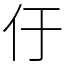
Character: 㐵